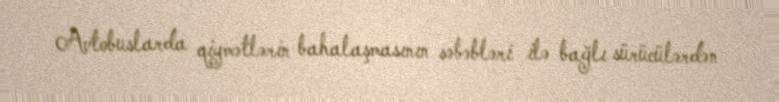
Avtobuslarda qiymətlərin bahalaşmasının səbəbləri ilə bağlı sürücülərdən